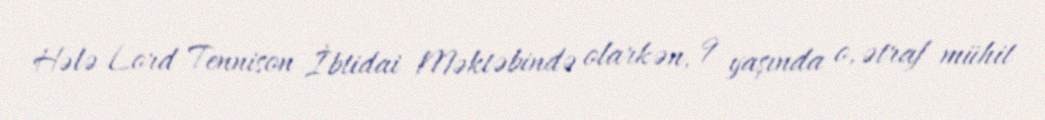
Hələ Lord Tennison İbtidai Məktəbində olarkən, 9 yaşında o, ətraf mühit